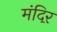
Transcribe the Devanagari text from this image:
मंदिऱ